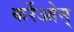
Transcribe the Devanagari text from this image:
कर्रेओन्